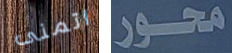
اتمنى محور